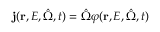
\mathbf { j } ( \mathbf { r } , E , \hat { \Omega } , t ) = \hat { \Omega } \varphi ( \mathbf { r } , E , \hat { \Omega } , t )